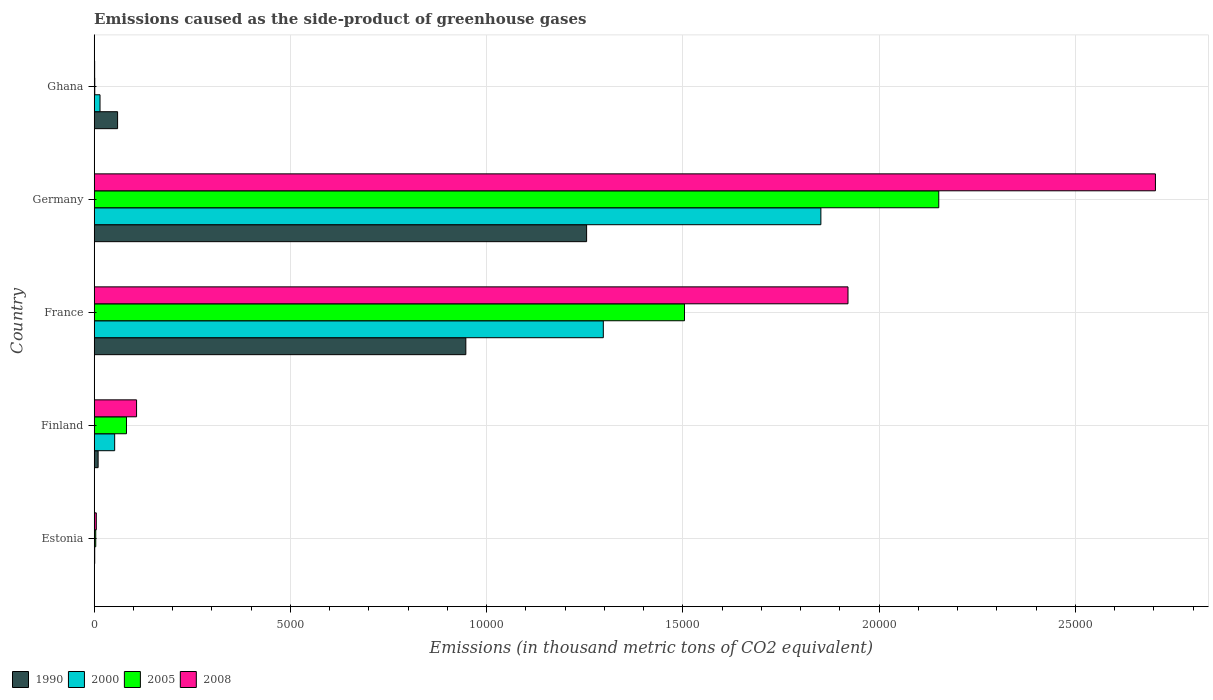
| Country | 1990 | 2000 | 2005 | 2008 |
 | --- | --- | --- | --- | --- |
 | Estonia | 2.1 | 13.3 | 39.4 | 53.3 |
 | Finland | 100 | 522 | 822 | 1.08e+03 |
 | France | 9.47e+03 | 1.3e+04 | 1.5e+04 | 1.92e+04 |
 | Germany | 1.25e+04 | 1.85e+04 | 2.15e+04 | 2.7e+04 |
 | Ghana | 596 | 148 | 14.7 | 11.2 |